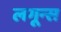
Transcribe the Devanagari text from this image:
लगून्स